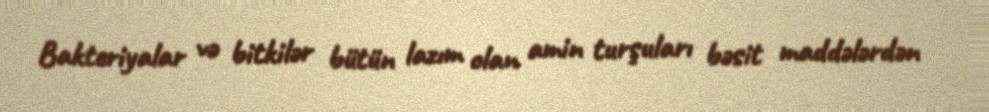
Bakteriyalar və bitkilər bütün lazım olan amin turşuları bəsit maddələrdən